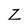
Character: Z